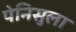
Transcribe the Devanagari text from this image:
पेनिसुला